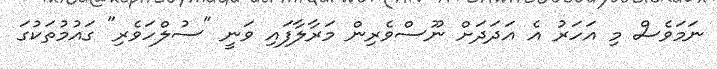
ނަމަވެސް މި އަހަރު އެ އަދަދަށް ނޫސްވެރިން މަރާލާފައި ވަނީ "ސުލްހަވެރި" ގައުމުތަކުގަ